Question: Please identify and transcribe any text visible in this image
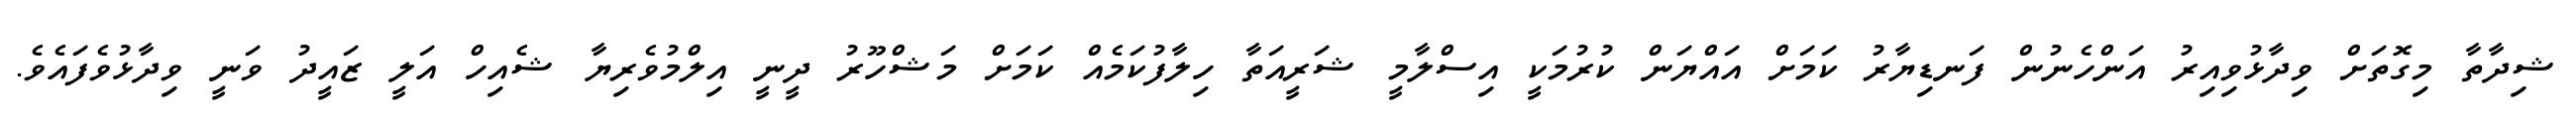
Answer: ޝިދާތާ މިގޮތަށް ވިދާޅުވިއިރު އަންހެނުން ފަނޑިޔާރު ކަމަށް އައްޔަން ކުރުމަކީ އިސްލާމީ ޝަރީއަތާ ހިލާފުކަމެއް ކަމަށް މަޝްހޫރު ދީނީ އިލްމުވެރިޔާ ޝެއިހް އަލީ ޒައީދު ވަނީ ވިދާޅުވެފައެވެ.